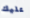
عليك